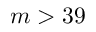
m > 3 9